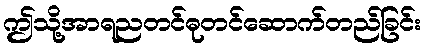
ဤသို့အာရညတင်ဓုတင်ဆောက်တည်ခြင်း